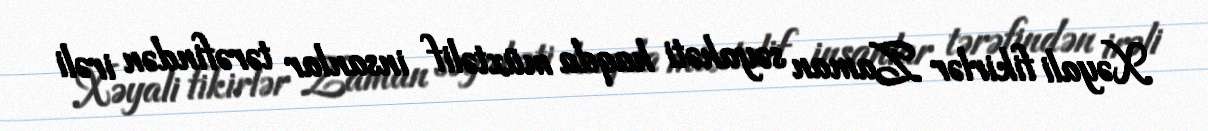
Xəyali fikirlər Zaman səyahəti haqda müxtəlif insanlar tərəfindən irəli